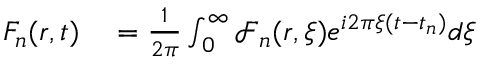
\begin{array} { r l } { F _ { n } ( \boldsymbol { r } , t ) } & { { } = \frac { 1 } { 2 \pi } \int _ { 0 } ^ { \infty } \mathcal { F } _ { n } ( \boldsymbol { r } , \xi ) e ^ { i 2 \pi \xi ( t - t _ { n } ) } d \xi } \end{array}